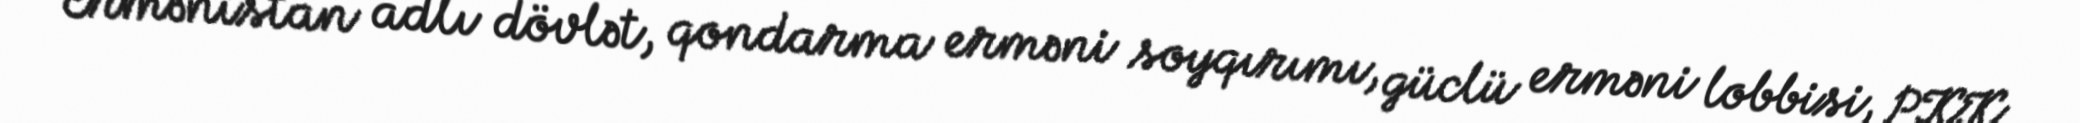
Ermənistan adlı dövlət, qondarma erməni soyqırımı, güclü erməni lobbisi, PKK